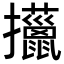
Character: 𢺍